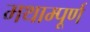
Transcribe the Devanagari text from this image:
मथाम्पूर्ण